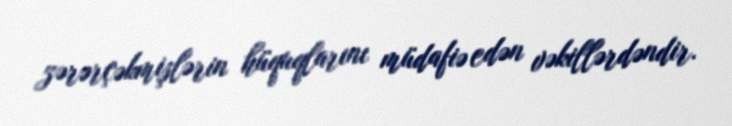
zərərçəkmişlərin hüquqlarını müdafiə edən vəkillərdəndir.